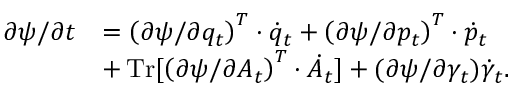
\begin{array} { r l } { \partial \psi / \partial t } & { = \left( \partial \psi / \partial q _ { t } \right) ^ { T } \cdot \dot { q } _ { t } + \left( \partial \psi / \partial p _ { t } \right) ^ { T } \cdot \dot { p } _ { t } } \\ & { + \operatorname * { T r } [ \left( \partial \psi / \partial A _ { t } \right) ^ { T } \cdot \dot { A } _ { t } ] + ( \partial \psi / \partial \gamma _ { t } ) \dot { \gamma } _ { t } . } \end{array}